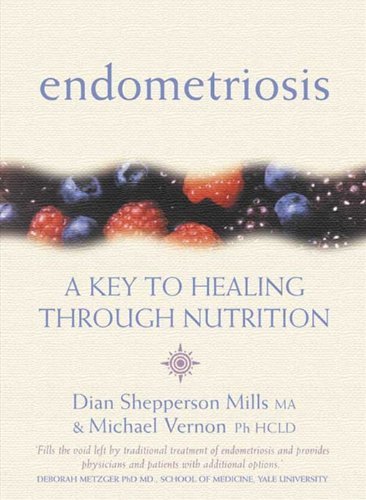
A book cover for Endometriosis: A Key to Healing Through Nutrition [Paperback] [September 2002] (Author) Dian Shepperson Mills, Michael Vernon; Health, Fitness & Dieting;